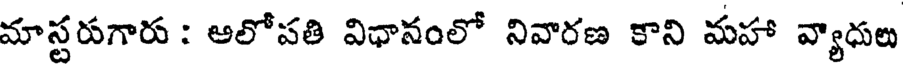
మాస్టరగారు : అలోపతి విధానంలో నివారణ కాని మహా వ్యాధుల